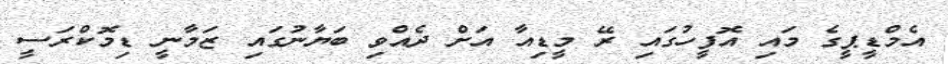
އެމްޑީޕީގެ މައި އޮފީހުގައި ރޭ މީޑިއާ އަށް ދެއްވި ބަޔާނުގައި ޒަމާނީ ޑިމޮކްރަސީ